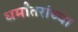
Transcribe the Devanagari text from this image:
धर्मांतरांच्या